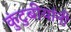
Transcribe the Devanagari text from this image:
कुंटुबीयांनी